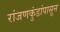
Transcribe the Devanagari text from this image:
रांजणकुंडांपासून